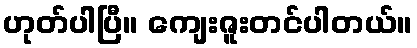
ဟုတ်ပါပြီ။ ကျေးဇူးတင်ပါတယ်။